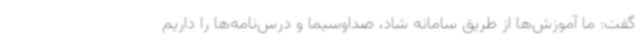
گفت: ما آموزش‌ها از طریق سامانه شاد، صداوسیما و درس‌نامه‌ها را داریم